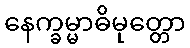
နေက္ခမ္မာဓိမုတ္တော